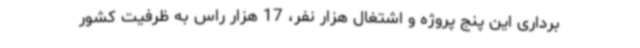
برداری این پنج پروژه و اشتغال هزار نفر، 17 هزار راس به ظرفیت کشور